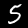
Digit: 5